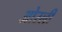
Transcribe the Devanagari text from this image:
ओरली